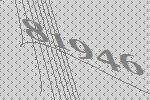
81946